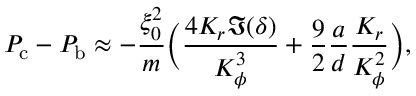
P _ { \mathrm { c } } - P _ { \mathrm { b } } \approx - \frac { \xi _ { 0 } ^ { 2 } } { m } \Big ( \frac { 4 K _ { r } \Im ( \delta ) } { K _ { \phi } ^ { 3 } } + \frac { 9 } { 2 } \frac { a } { d } \frac { K _ { r } } { K _ { \phi } ^ { 2 } } \Big ) ,